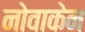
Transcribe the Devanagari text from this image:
नोवाकेन